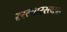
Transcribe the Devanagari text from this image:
रस्त्यारस्त्यात